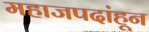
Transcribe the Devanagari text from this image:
महाजपदांहून